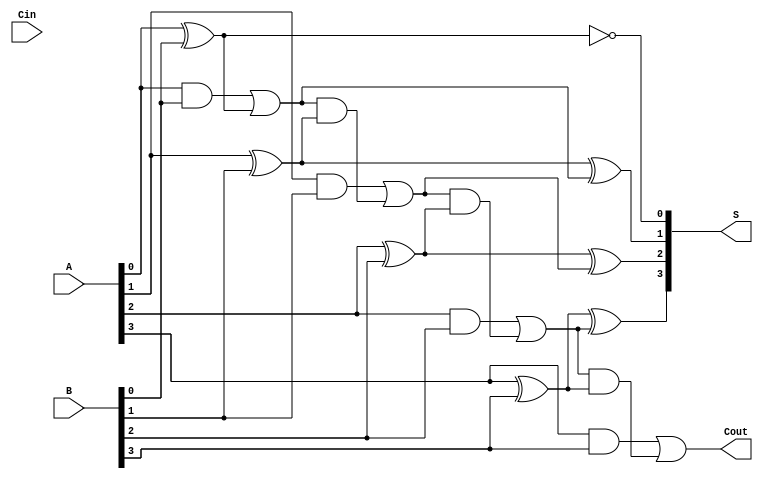
module DynamicCarrySelectAdder #(parameter N = 4) (
    input [N-1:0] A,      // First n-bit input
    input [N-1:0] B,      // Second n-bit input
    input Cin,            // Carry input
    output [N-1:0] S,     // Sum output
    output Cout           // Carry output
);
    wire [N:0] carry;     // Carry lines
    wire [N-1:0] sum_c0;  // Sums with Cin = 0
    wire [N-1:0] sum_c1;  // Sums with Cin = 1

    // Generate carry signals
    assign carry[0] = Cin;

    // Full adder logic for carry = 0
    genvar i;
    generate
        for (i = 0; i < N; i = i + 1) begin : fa_c0
            if (i == 0) begin
                assign sum_c0[i] = A[i] ^ B[i] ^ carry[i];
                assign carry[i + 1] = (A[i] & B[i]) | (carry[i] & (A[i] ^ B[i]));
            end else begin
                assign sum_c0[i] = A[i] ^ B[i] ^ carry[i];
                assign carry[i + 1] = (A[i] & B[i]) | (carry[i] & (A[i] ^ B[i]));
            end
        end
    endgenerate

    // Full adder logic for carry = 1
    assign carry[0] = 1'b1; // Set carry input to 1 for this case
    generate
        for (i = 0; i < N; i = i + 1) begin : fa_c1
            if (i == 0) begin
                assign sum_c1[i] = A[i] ^ B[i] ^ carry[i];
                assign carry[i + 1] = (A[i] & B[i]) | (carry[i] & (A[i] ^ B[i]));
            end else begin
                assign sum_c1[i] = A[i] ^ B[i] ^ carry[i];
                assign carry[i + 1] = (A[i] & B[i]) | (carry[i] & (A[i] ^ B[i]));
            end
        end
    endgenerate

    // MUX to select between sums based on Cin
    assign S = Cin ? sum_c1 : sum_c0;
    assign Cout = carry[N]; // Last carry-out

endmodule